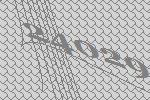
24029